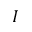
I